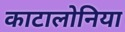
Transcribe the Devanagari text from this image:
काटालोनिया